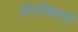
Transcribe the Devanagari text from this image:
मीजोकामी